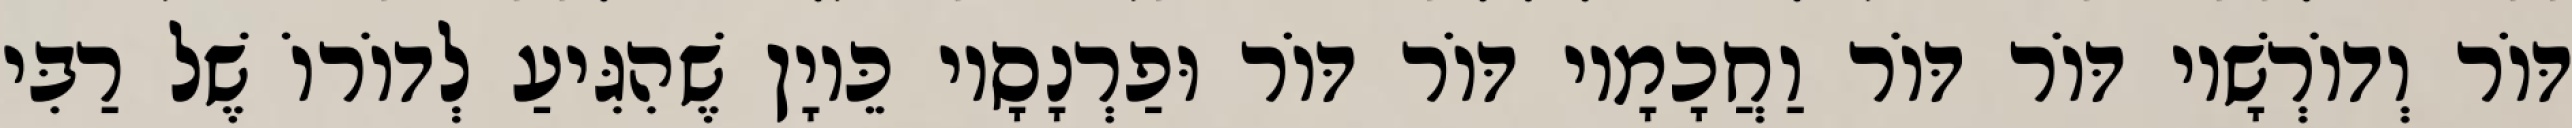
דּוֹר וְדוֹרְשָׁיו דּוֹר דּוֹר וַחֲכָמָיו דּוֹר דּוֹר וּפַרְנָסָיו כֵּיוָן שֶׁהִגִּיעַ לְדוֹרוֹ שֶׁל רַבִּי